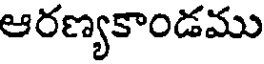
ఆరణ్యకాండము